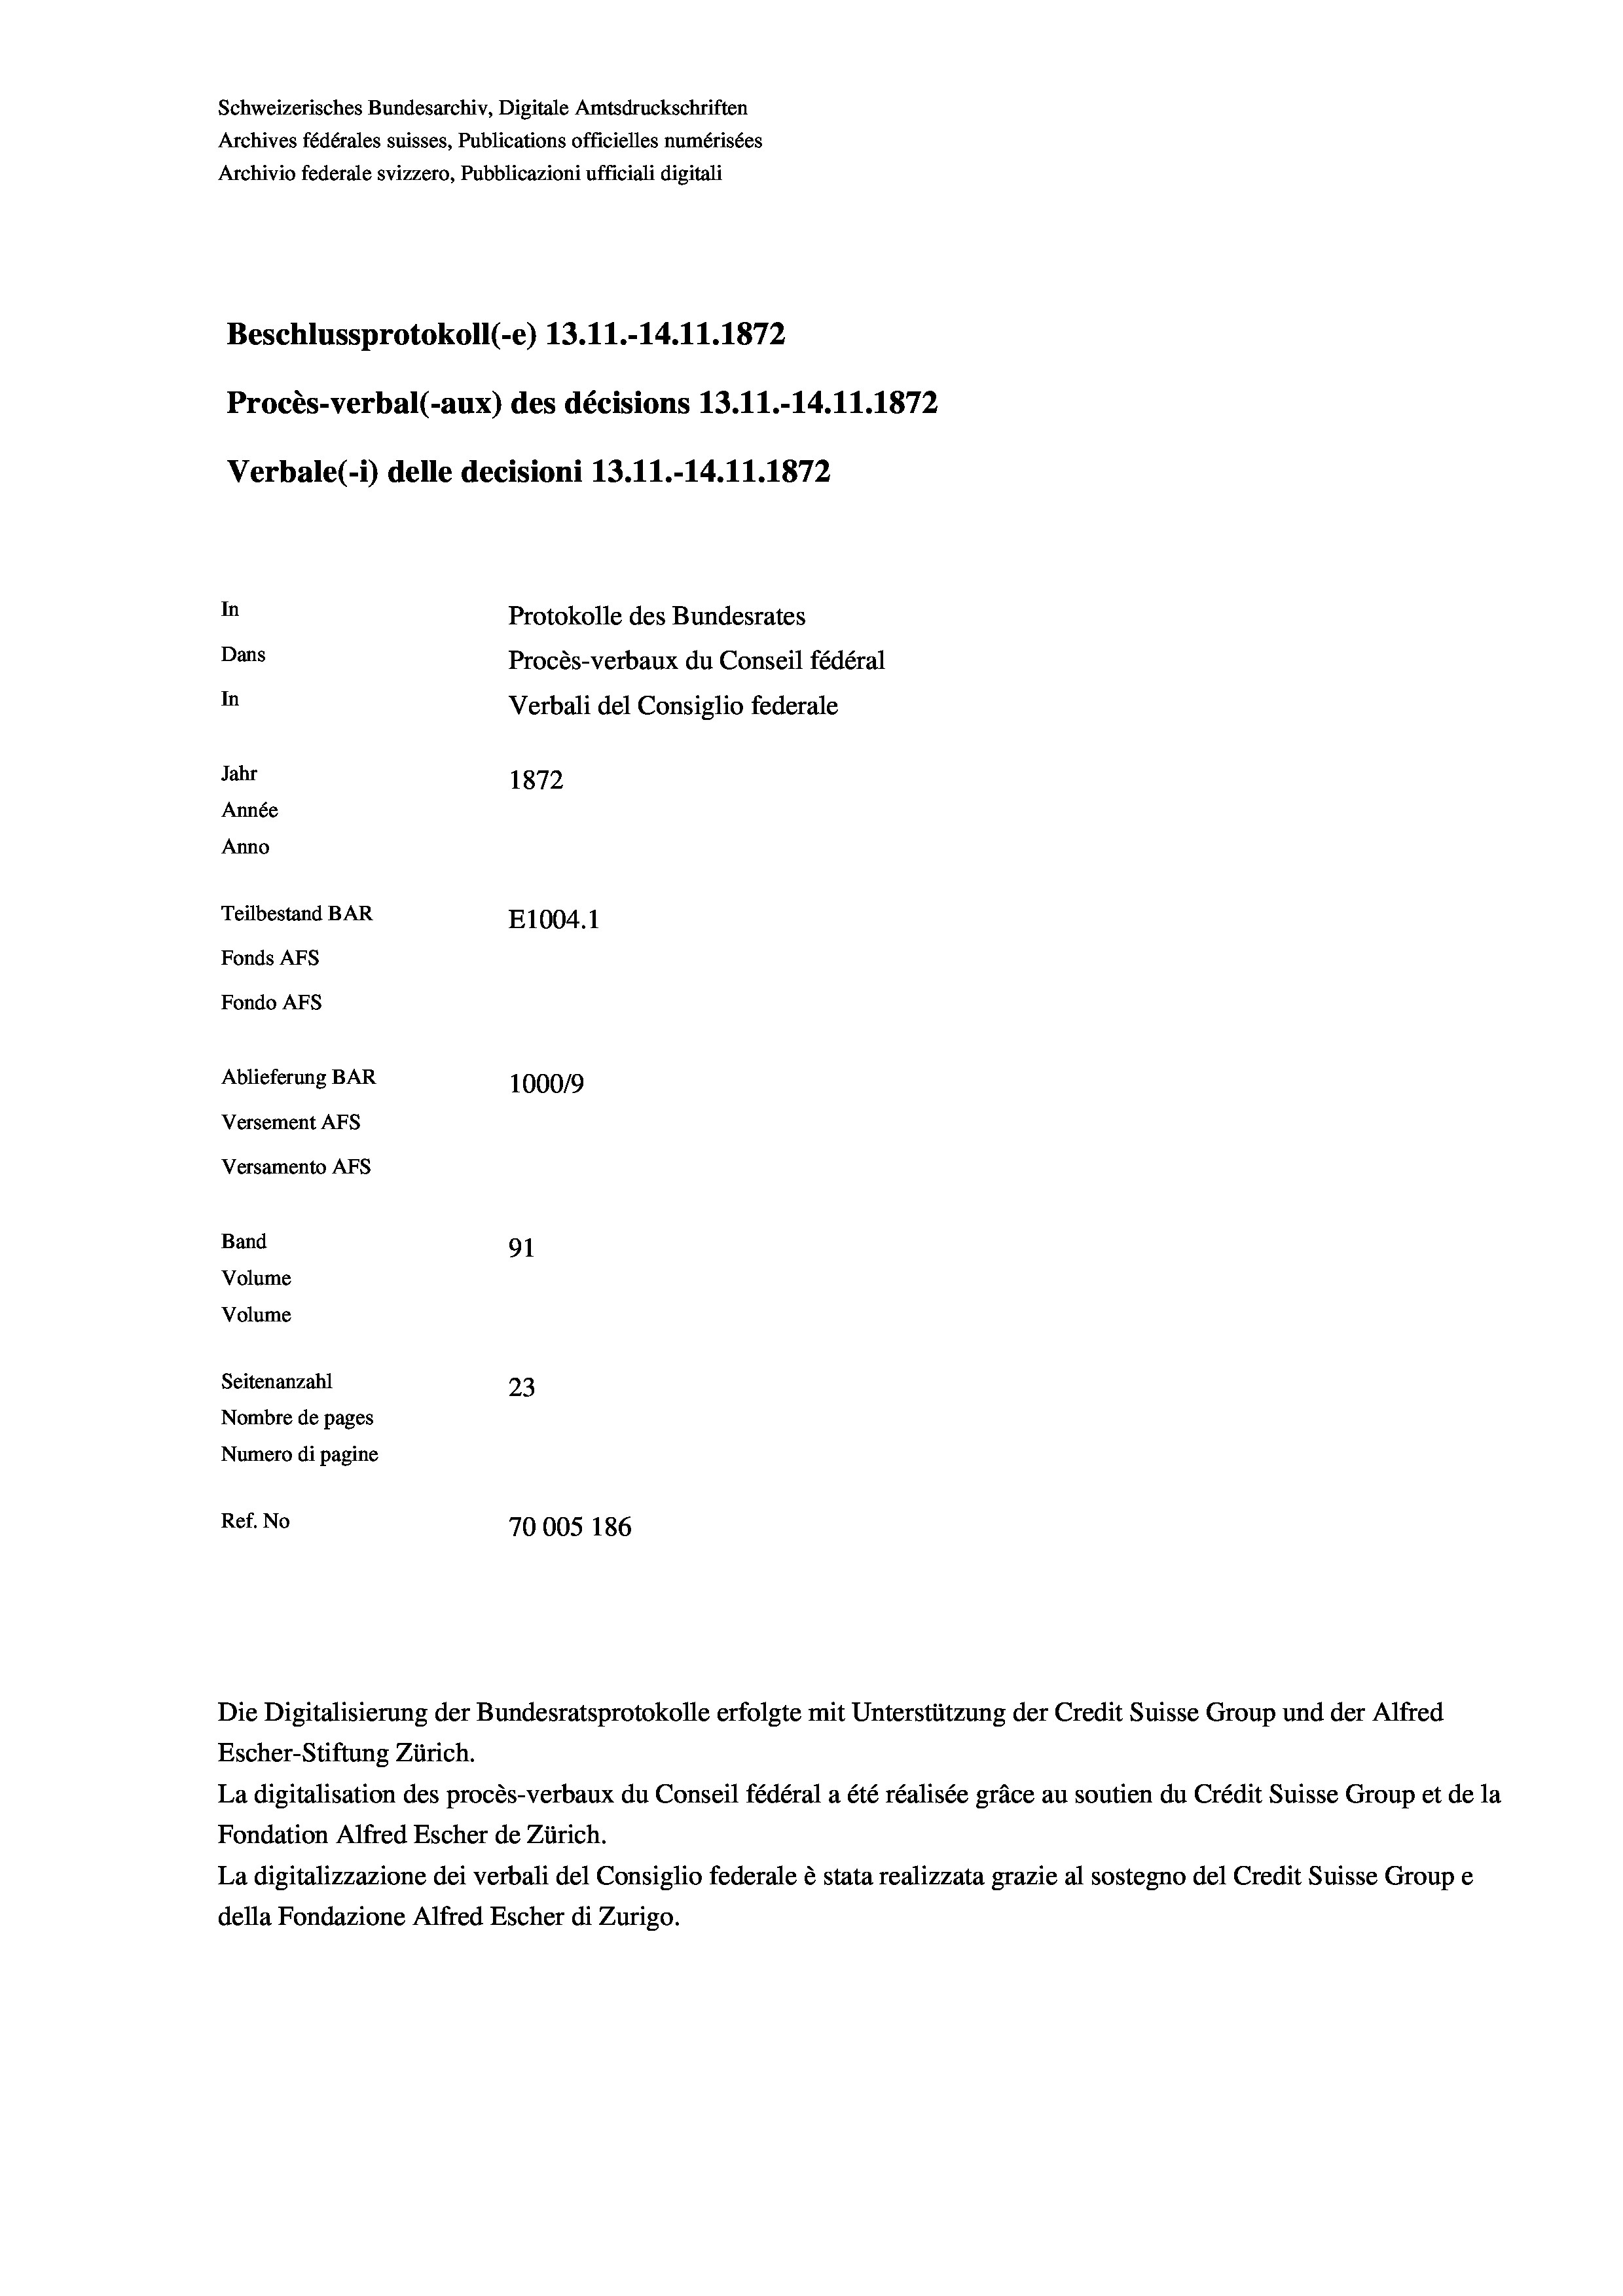
Schweizerisches Bundesarchiv, Digitale Amtsdruckschriften
Archives fédérales suisses, Publications officielles numérisées
Archivio federale svizzero, Pubblicazioni ufficiali digitali
Beschlussprotokoll (-e) 13.11.-14.11.1872
Procès-verbal (-aux) des décisions 13.11.-14.11.1872
Verbale (- 1) delle decisioni 13. 11.-14.11.1872
In
Protokolle des Bundesrates
Dans
Procès-verbaux du Conseil fédéral
In
Verbali del Consiglio federale
Jahr
1872
Année
Anno
Teilbestand BAR
E1004. 1
Fonds AEs
Fondo AFs
Ablieferung BAR
100019
Versement AFS
Versamento AFS
Band
91
Volume
Volume
Seitenanzahl
23
Nombre de pages
Numero di pagine
Ref. No
70005 186

Escher-Stiftung Zürich.
La digitalisation des procès-verbaux du Conseil fédéral a été réalisée gräce au soutien du Crédit Suisse Group et de la
Fondation Alfred Escher de Zürich.
La digitalizzazione dei verbali del Consiglio federale è stata realizzata grazie al sostegno del Credit Suisse Groupe
della Fondazione Alfred Escher di Zurigo.

Die Digitalisierung der Bundesratsprotokolle erfolgte mit Unterstützung der Credit Suisse Group und der Alfred